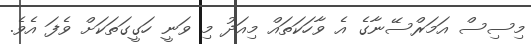
މިސިސް އަމަރްސޭނާގެ އެ ވާހަކަތައް މިއަދު މި ވަނީ ހަގީގަތަކަށް ވެފަ އެވެ.